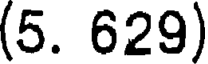
(5. 629)